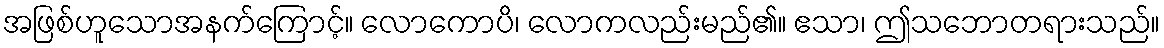
အဖြစ်ဟူသောအနက်ကြောင့်။ လောကောပိ၊ လောကလည်းမည်၏။ ဧသာ၊ ဤသဘောတရားသည်။